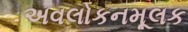
અવલોકનમૂલક